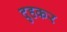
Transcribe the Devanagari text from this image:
दुहकर